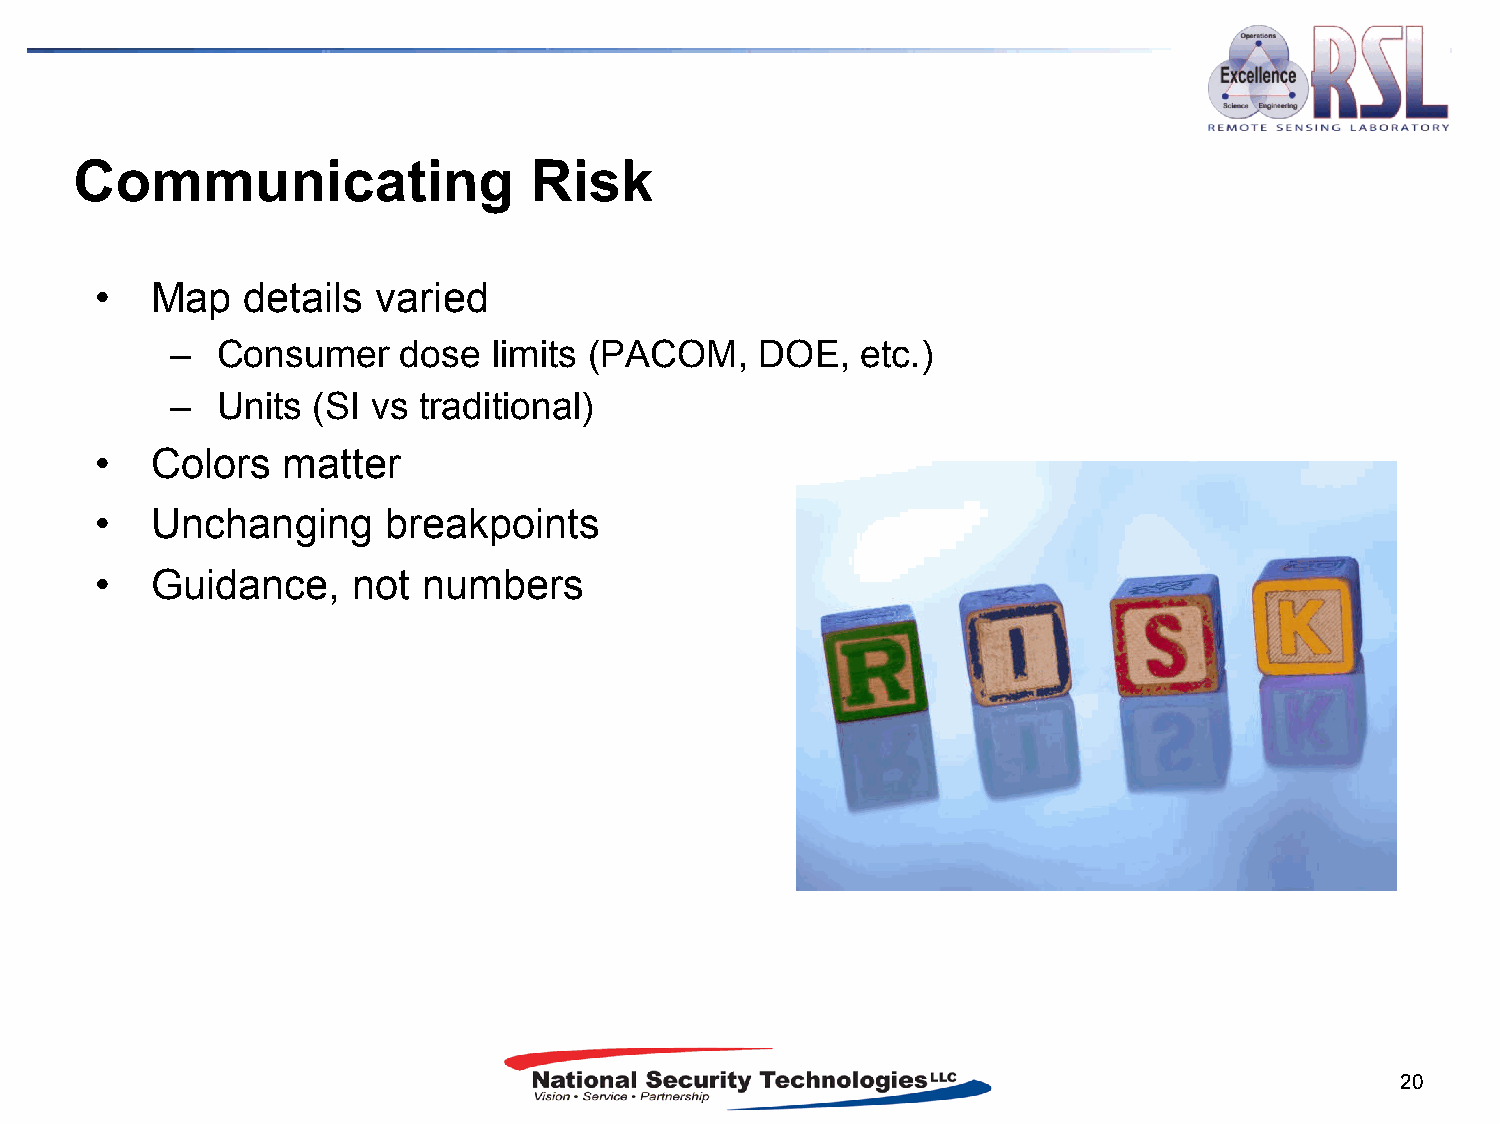
Communicating                 Risk
 •   Map   details  varied
 –  Consumer    dose   limits (PACOM,   DOE,   etc.)
 –  Units  (SI vs traditional)
 •   Colors   matter
 •   Unchanging     breakpoints
 •   Guidance,    not  numbers
 20